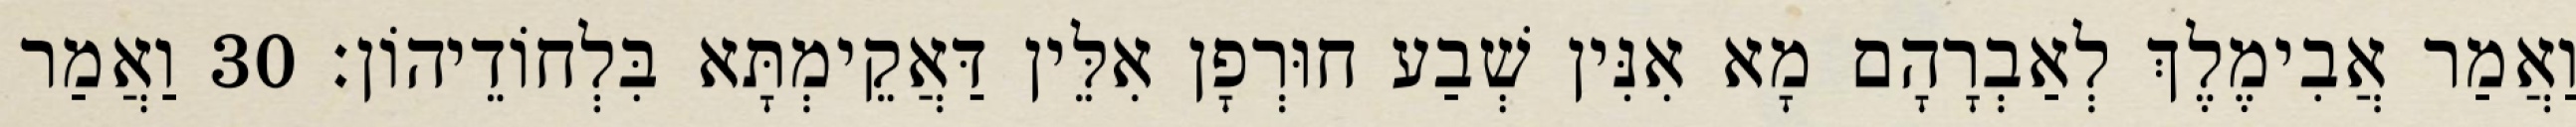
וַאֲמַר אֲבִימֶלֶךְ לְאַבְרָהָם מָא אִנִּין שְׁבַע חוּרְפָן אִלֵּין דַּאֲקֵימְתָּא בִּלְחוֹדֵיהוֹן׃ 30 וַאֲמַר